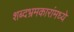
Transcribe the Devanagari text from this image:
शब्दभ्रमकारांमध्ये